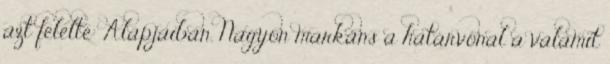
azt felelte: Alapjaiban. Nagyon markáns a határvonal a valamit